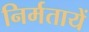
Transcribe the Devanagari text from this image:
निर्मतायें